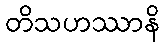
တိသဟဿာနိ